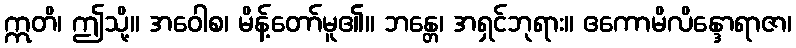
ဣတိ၊ ဤသို့။ အဝေါစ၊ မိန့်တော်မူ၏။ ဘန္တေ၊ အရှင်ဘုရား။ ဧကောမိလိန္ဒောရာဇာ၊